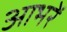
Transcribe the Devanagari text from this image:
आभरें